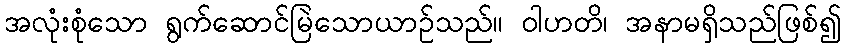
အလုံးစုံသော ရွက်ဆောင်မြဲသောယာဉ်သည်။ ဝါဟတိ၊ အနာမရှိသည်ဖြစ်၍